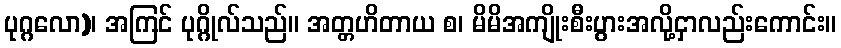
ပုဂ္ဂလော)၊ အကြင် ပုဂ္ဂိုလ်သည်။ အတ္တဟိတာယ စ၊ မိမိအကျိုးစီးပွားအလို့ငှာလည်းကောင်း။